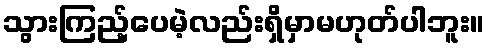
သွားကြည့်ပေမဲ့လည်းရှိမှာမဟုတ်ပါဘူး။